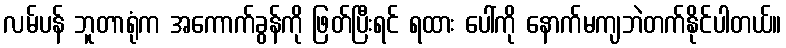
လမ်ပန် ဘူတာရုံက အကောက်ခွန်ကို ဖြတ်ပြီးရင် ရထား ပေါ်ကို နောက်မကျဘဲတက်နိုင်ပါတယ်။